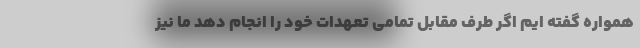
همواره گفته ایم اگر طرف مقابل تمامی تعهدات خود را انجام دهد ما نیز